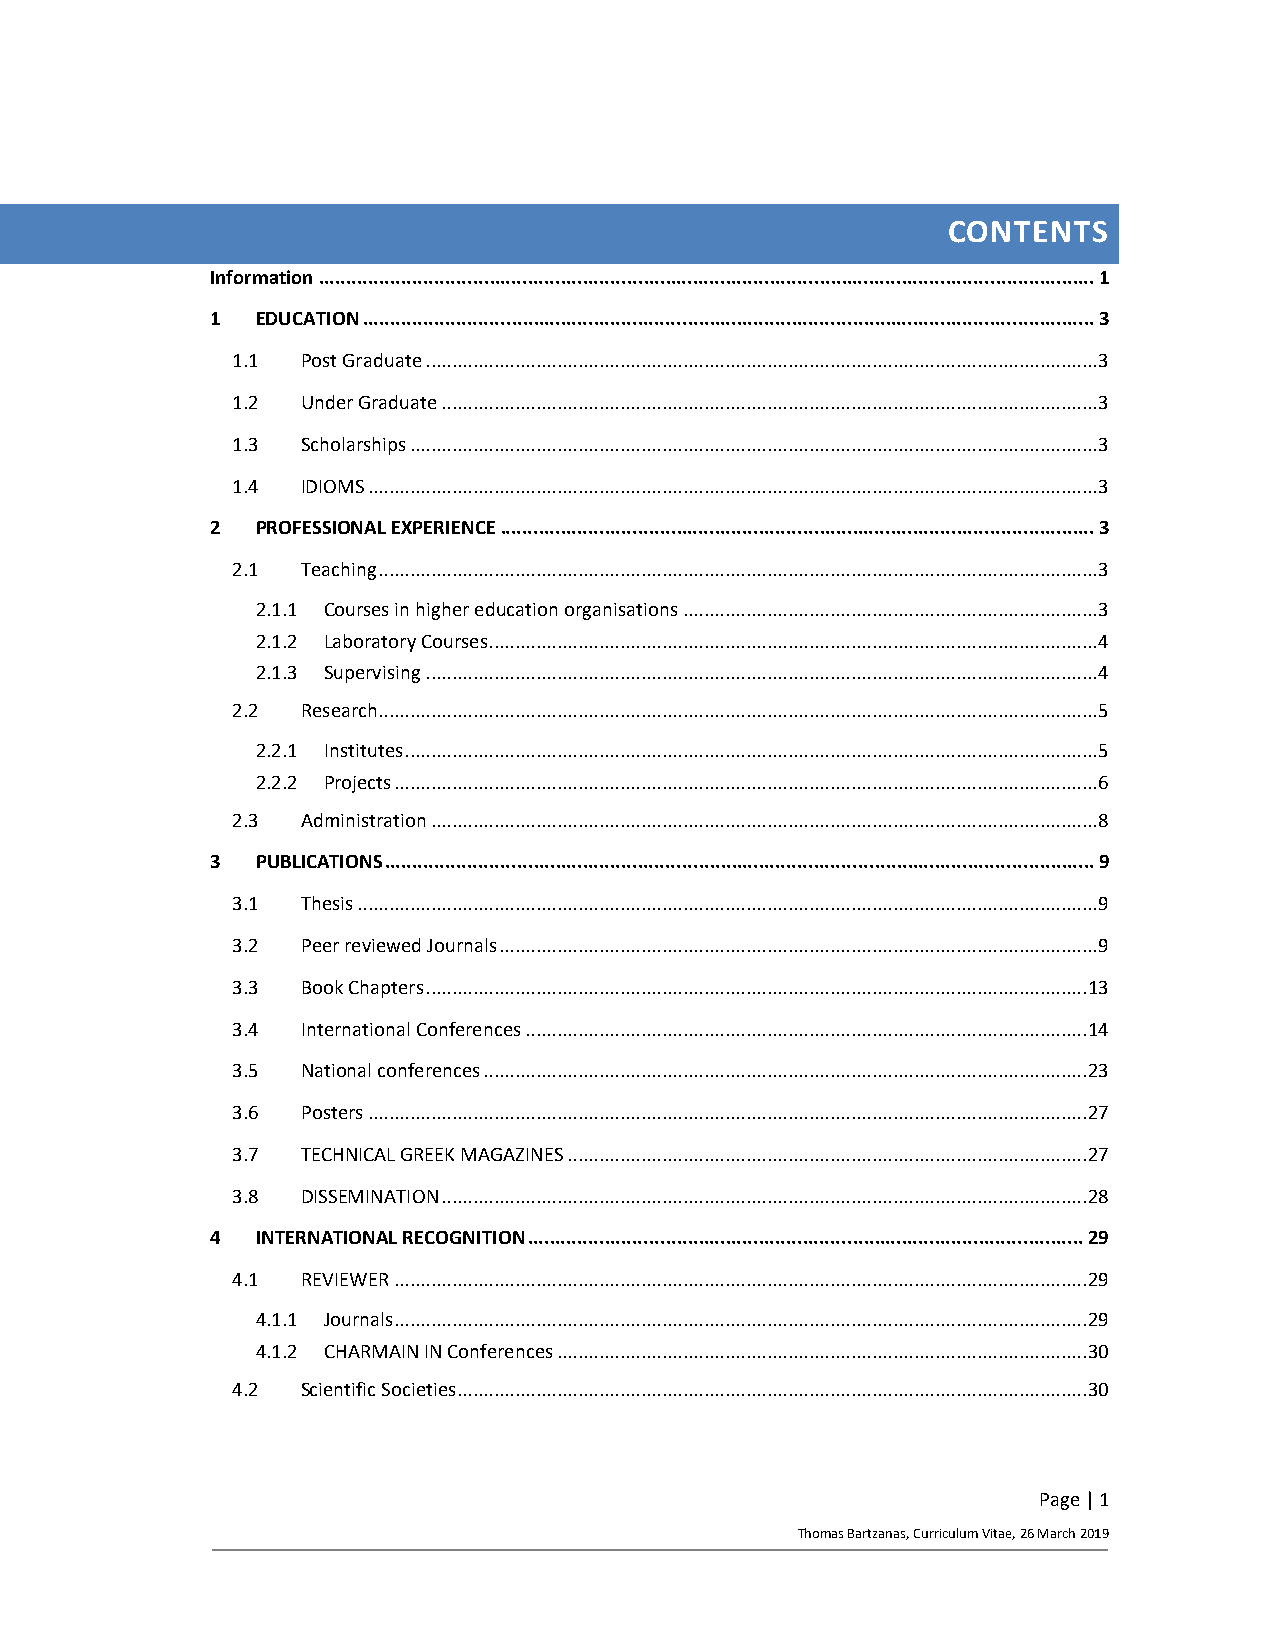
CONTENTS
 Information ............................................................................................................................................. 1
 1  EDUCATION ..................................................................................................................................... 3
 1.1  Post Graduate ................................................................................................................................ 3
 1.2  Under Graduate ............................................................................................................................. 3
 1.3  Scholarships ................................................................................................................................... 3
 1.4  IDIOMS ........................................................................................................................................... 3
 2  PROFESSIONAL EXPERIENCE ............................................................................................................ 3
 2.1  Teaching ......................................................................................................................................... 3
 2.1.1 Courses in higher education organisations ............................................................................... 3
 2.1.2 Laboratory Courses .................................................................................................................... 4
 2.1.3 Supervising ................................................................................................................................ 4
 2.2  Research......................................................................................................................................... 5
 2.2.1 Institutes .................................................................................................................................... 5
 2.2.2 Projects ...................................................................................................................................... 6
 2.3  Administration ............................................................................................................................... 8
 3  PUBLICATIONS ................................................................................................................................. 9
 3.1  Thesis ............................................................................................................................................. 9
 3.2  Peer reviewed Journals .................................................................................................................. 9
 3.3  Book Chapters .............................................................................................................................. 13
 3.4  International Conferences ........................................................................................................... 14
 3.5  National conferences ................................................................................................................... 23
 3.6  Posters ......................................................................................................................................... 27
 3.7  TECHNICAL GREEK MAGAZINES ................................................................................................... 27
 3.8  DISSEMINATION ........................................................................................................................... 28
 4  INTERNATIONAL RECOGNITION ..................................................................................................... 29
 4.1  REVIEWER .................................................................................................................................... 29
 4.1.1 Journals .................................................................................................................................... 29
 4.1.2 CHARMAIN IN Conferences ..................................................................................................... 30
 4.2  Scientific Societies ........................................................................................................................ 30
 Page | 1
 Thomas Bartzanas, Curriculum Vitae, 26 March 2019